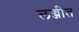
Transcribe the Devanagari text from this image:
लज्जीत